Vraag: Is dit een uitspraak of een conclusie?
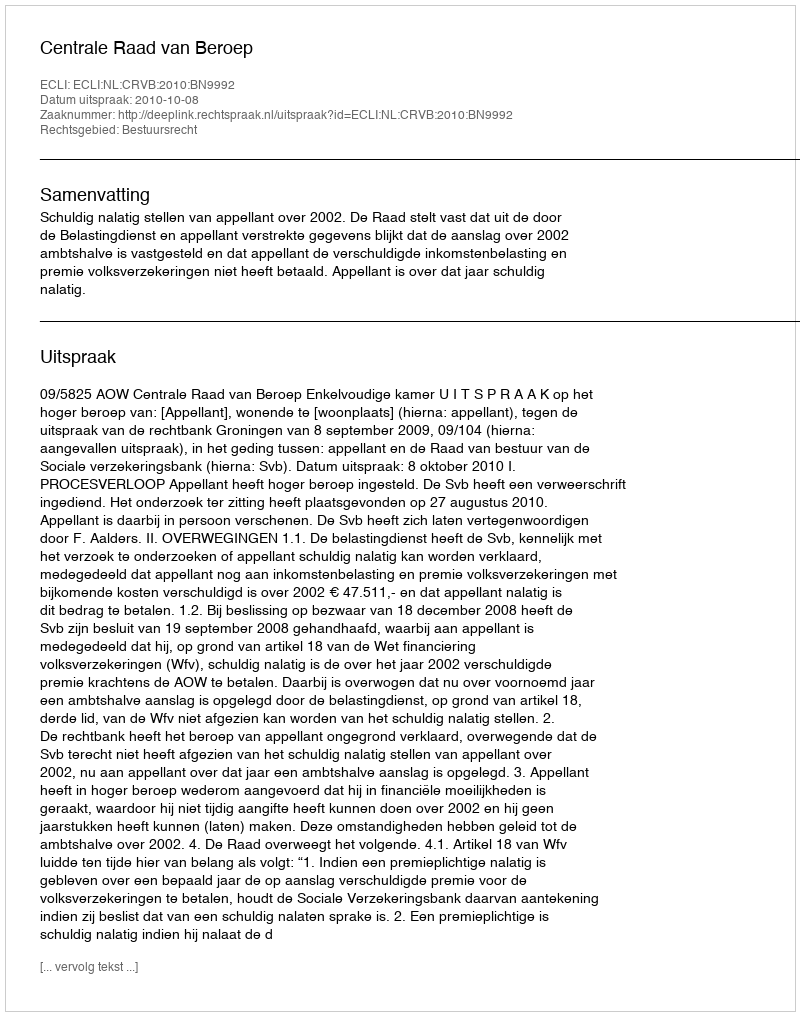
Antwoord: Uitspraak